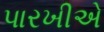
પારખીએ